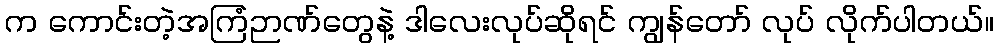
က ကောင်းတဲ့အကြံဉာဏ်တွေနဲ့ ဒါလေးလုပ်ဆိုရင် ကျွန်တော် လုပ် လိုက်ပါတယ်။